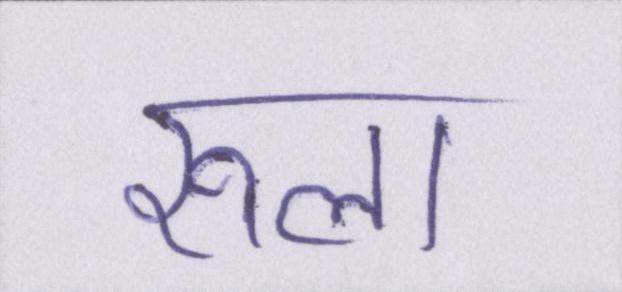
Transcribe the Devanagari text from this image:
रूला